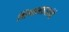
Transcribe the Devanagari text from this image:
भिन्नमतावलंबी